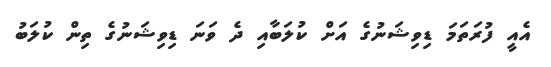
އެއީ ފުރަތަމަ ޑިވިޝަނުގެ އަށް ކުލަބާއި ދެ ވަނަ ޑިވިޝަނުގެ ތިން ކުލަބު